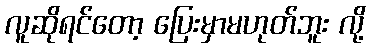
လူဆိုရင်တော့ ပြေးမှာမဟုတ်ဘူး လို့